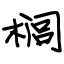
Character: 榈